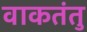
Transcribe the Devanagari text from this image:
वाकतंतु